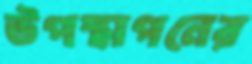
উপস্থাপনের